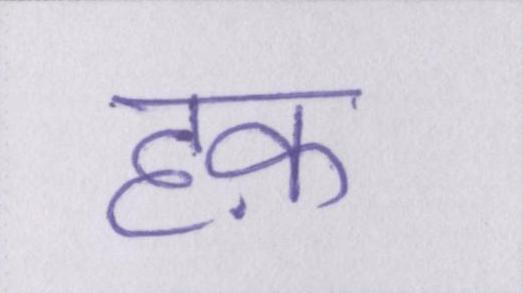
हक़